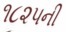
૧૮૨૫ની